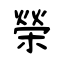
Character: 榮